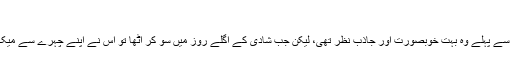
“
اس نے کہا کہ ”شادی سے پہلے وہ بہت خوبصورت اور جاذب نظر تھی، لیکن جب شادی کے اگلے روز میں سو کر اٹھا تو اس نے اپنے چہرے سے میک اپ صاف کر لیا تھا۔